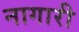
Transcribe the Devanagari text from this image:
नागारी